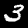
Digit: 3